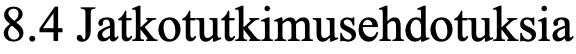
8.4 Jatkotutkimusehdotuksia